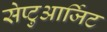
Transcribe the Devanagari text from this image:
सेप्टुआर्जिट